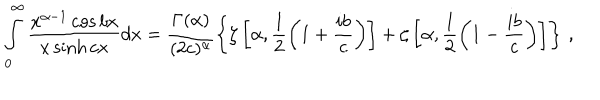
LaTeX: \int _ { 0 } ^ { \infty } \frac { x ^ { \alpha - 1 } \cos { b x } } { x \sinh { c x } } d x = \frac { \Gamma ( \alpha ) } { ( 2 c ) ^ { \alpha } } \left\{ \zeta \left[ \alpha , \frac { 1 } { 2 } \left( 1 + \frac { i b } { c } \right) \right] + \zeta \left[ \alpha , \frac { 1 } { 2 } \left( 1 - \frac { i b } { c } \right) \right] \right\} \, ,